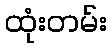
ထုံးတမ်း